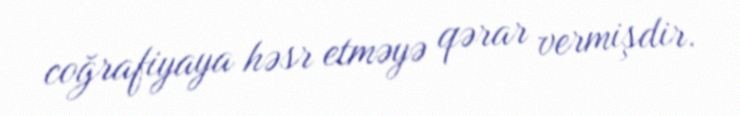
coğrafiyaya həsr etməyə qərar vermişdir.